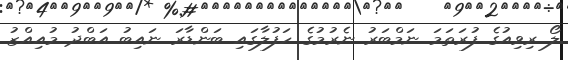
ލޯ ރިވިއުގެ ފުރަތަމަ ނަމްބަރު ނެރުމުގެ ހަފުލާގައި ބަންޑާރަ ނައިބު އަބްދު މުއިއްޒު